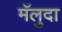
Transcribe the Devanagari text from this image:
मॅलुदा